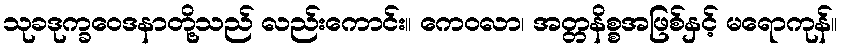
သုခဒုက္ခဝေဒနာတို့သည် လည်းကောင်း။ ကေဝလာ၊ အတ္တနိစ္စအဖြစ်နှင့် မရောကုန်။